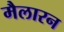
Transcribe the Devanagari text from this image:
मैलारन